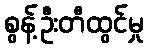
စွန့်ဦးတီထွင်မှု